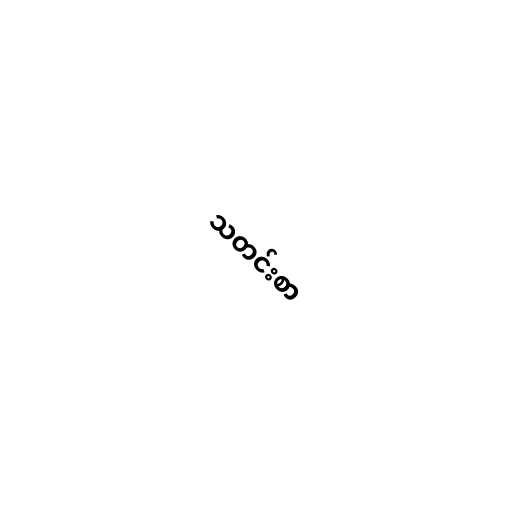
သတင်းစာ